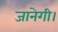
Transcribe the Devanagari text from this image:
जानेगी।